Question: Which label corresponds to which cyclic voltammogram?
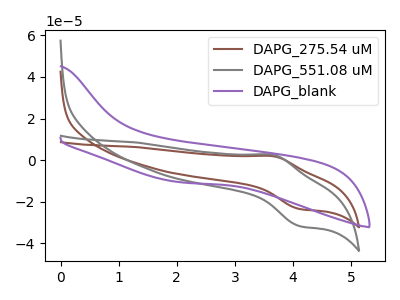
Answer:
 <answer>The brown curve is labeled "DAPG_275.54 uM". The gray curve is labeled "DAPG_551.08 uM". The purple curve is labeled "DAPG_blank".</answer>
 <eval></eval>